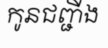
កូនជញ្ជីង